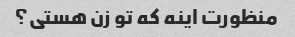
منظورت اینه که تو زن هستی؟